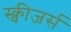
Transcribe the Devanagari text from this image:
स्क्वीजर्स